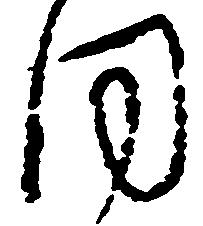
同